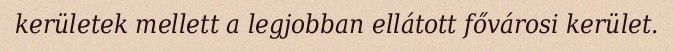
kerületek mellett a legjobban ellátott fővárosi kerület.